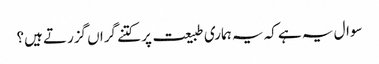
سوال یہ ہے کہ یہ ہماری طبیعت پر کتنے گراں گزرتے ہیں؟